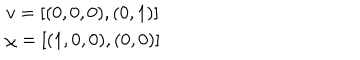
\begin{array} { c } { { v = [ ( 0 , 0 , 0 ) , ( 0 , 1 ) ] } } \\ { { \chi = [ ( 1 , 0 , 0 ) , ( 0 , 0 ) ] } } \\ \end{array}